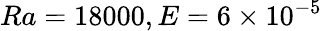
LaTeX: Ra=18000,E=6\times 10^{-5}